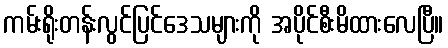
ကမ်းရိုးတန်းလွင်ပြင်ဒေသများကို အပိုင်စီးမိထားလေပြီ။